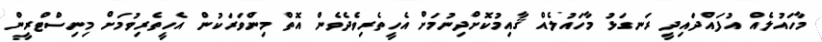
މާހައުލެއް އުފައްދައިދީ ރަނގަޅު މާހައުލެއް ޤާއިމުކޮށްދިނުމަށް އެހީތެރިވެދެވެން އޮތް މިންވަރަކުން އެހީތެރިވުމަށް މިނިސްޓްރީން